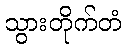
သွားတိုက်တံ